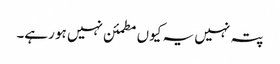
پتہ نہیں یہ کیوں مطمئن نہیں ہو رہے۔